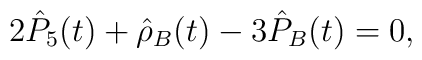
2\hat{P}_5(t)+\hat{\rho}_B(t)-3\hat{P}_B(t)=0,